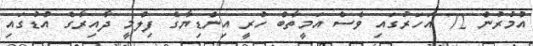
އުމުރުން 72 އަހަރުގައި ވެސް އަމީތާބް ހުރީ އިންޑިޔާގެ ފިލްމީ ދާއިރާގެ އުޑުގައި